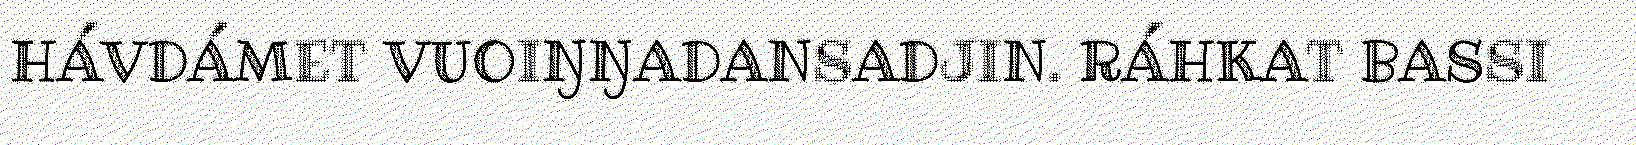
HÁVDÁMET VUOIŊŊADANSADJIN. RÁHKAT BASSI